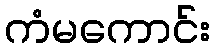
ကံမကောင်း